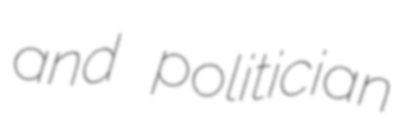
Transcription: and politician